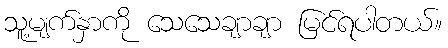
သူ့မျက်နှာကို သေသေချာချာ မြင်ရပါတယ်။